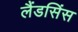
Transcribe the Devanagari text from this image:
लैंडसिंस